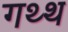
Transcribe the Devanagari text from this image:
गथ्थ